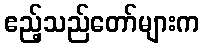
ဧည့်သည်တော်များက